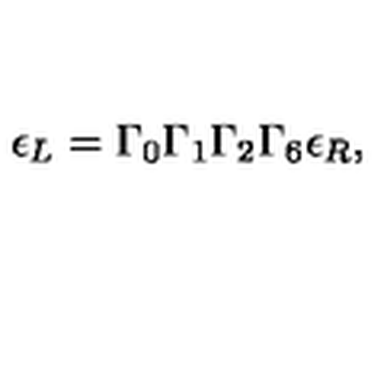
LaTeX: \epsilon _ { L } = \Gamma _ { 0 } \Gamma _ { 1 } \Gamma _ { 2 } \Gamma _ { 6 } \epsilon _ { R } ,